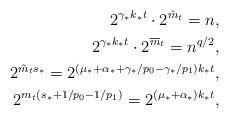
LaTeX: \begin{align*} 2^{\gamma_*k_*t}\cdot 2^{\hat m_t}=n,\\ 2^{\gamma_*k_*t}\cdot 2^{\overline{m}_t}=n^{q/2},\\ 2^{\tilde m_t s_*} = 2^{(\mu_* + \alpha_*+\gamma_*/p_0 -\gamma_*/p_1)k_*t},\\ 2^{m_t(s_*+1/p_0-1/p_1)} = 2^{(\mu_*+\alpha_*) k_*t},\end{align*}